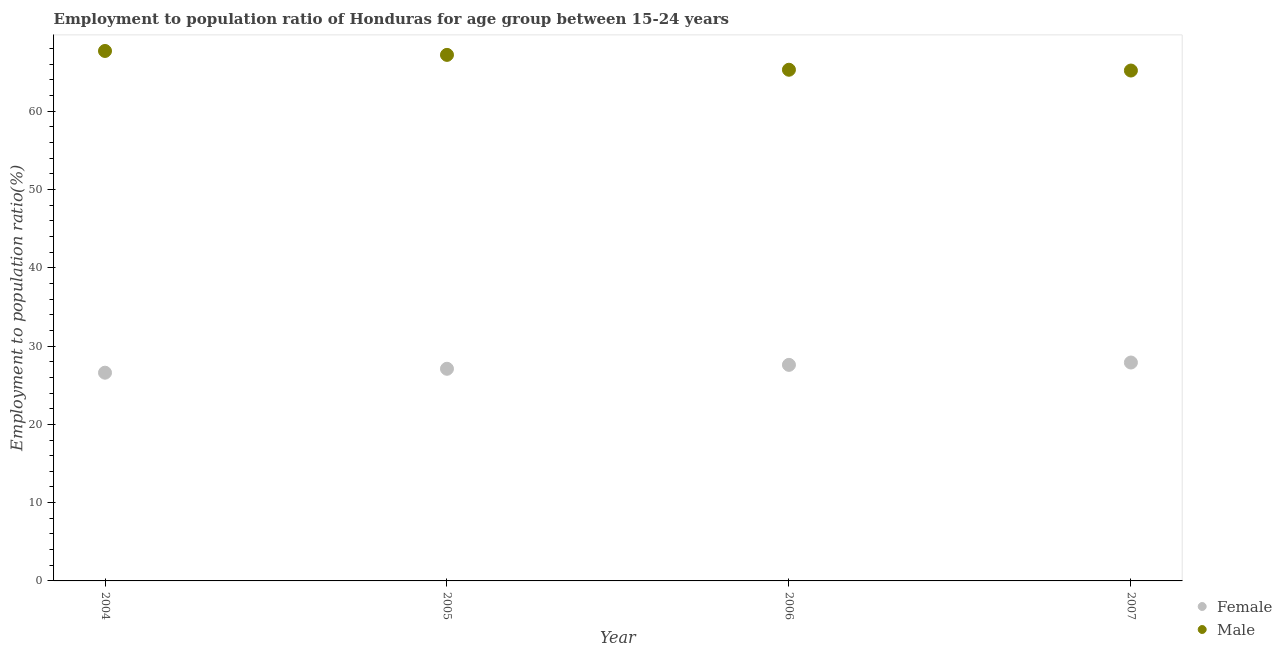
| Year | Female | Male |
 | --- | --- | --- |
 | 2004 | 26.6 | 67.7 |
 | 2005 | 27.1 | 67.2 |
 | 2006 | 27.6 | 65.3 |
 | 2007 | 27.9 | 65.2 |